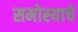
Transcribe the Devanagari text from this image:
समोस्याचे